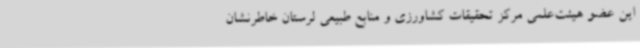
این عضو هیئت‌علمی مرکز تحقیقات کشاورزی و منابع طبیعی لرستان خاطرنشان